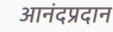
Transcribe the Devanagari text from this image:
आनंदप्रदान